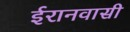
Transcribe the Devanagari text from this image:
ईरानवासी